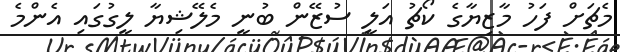
މެޗަށް ފަހު މާޒިޔާގެ ކޯޗު އަލީ ސުޒޭން ބުނީ މެލޭޝިޔާ ލީގުގައި އެންމެ